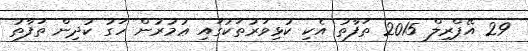
29 އޭޕްރިލް 2015 ތަފާތު އެކި ކުޅިވަރުތަކުގައި ޢުމުރުން ހަގު ކުދިން ތަފާތު